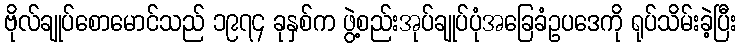
ဗိုလ်ချုပ်စောမောင်သည် ၁၉၇၄ ခုနှစ်က ဖွဲ့စည်းအုပ်ချုပ်ပုံအခြေခံဥပဒေကို ရုပ်သိမ်းခဲ့ပြီး